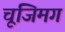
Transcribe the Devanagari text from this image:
चूजिमग